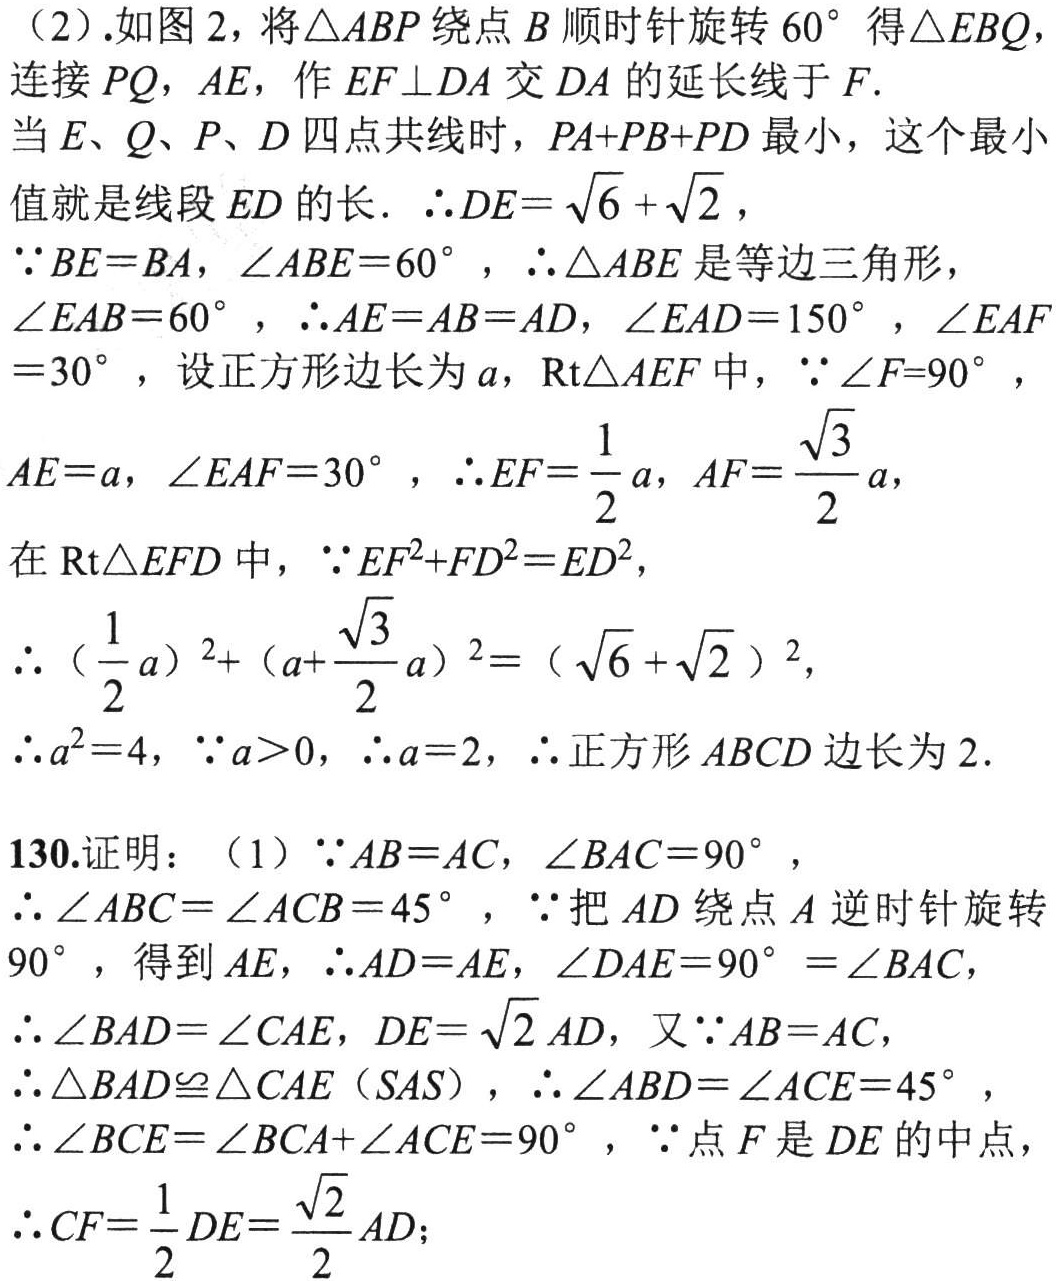
(2).如图2，将\(\triangle ABP\)绕点\(B\)顺时针旋转\(60^{\circ}\)得\(\triangle EBQ\)，
连接\(PQ\)，\(AE\)，作\(EF\perp DA\)交\(DA\)的延长线于\(F\).
当\(E\)、\(Q\)、\(P\)、\(D\)四点共线时，\(PA + PB+PD\)最小，这个最小值就是线段\(ED\)的长. \(\therefore DE=\sqrt{6}+\sqrt{2}\)，
\(\because BE = BA\)，\(\angle ABE = 60^{\circ}\)，\(\therefore\triangle ABE\)是等边三角形，
\(\angle EAB = 60^{\circ}\)，\(\therefore AE = AB = AD\)，\(\angle EAD = 150^{\circ}\)，\(\angle EAF = 30^{\circ}\)，设正方形边长为\(a\)，\(\text{Rt}\triangle AEF\)中，\(\because\angle F = 90^{\circ}\)，
\(AE = a\)，\(\angle EAF = 30^{\circ}\)，\(\therefore EF=\frac{1}{2}a\)，\(AF=\frac{\sqrt{3}}{2}a\)，
在\(\text{Rt}\triangle EFD\)中，\(\because EF^{2}+FD^{2}=ED^{2}\)，
\(\therefore (\frac{1}{2}a)^{2}+(a + \frac{\sqrt{3}}{2}a)^{2}=(\sqrt{6}+\sqrt{2})^{2}\)，
\(\therefore a^{2}=4\)，\(\because a>0\)，\(\therefore a = 2\)，\(\therefore\)正方形\(ABCD\)边长为\(2\).
130.证明：（1）\(\because AB = AC\)，\(\angle BAC = 90^{\circ}\)，
\(\therefore\angle ABC=\angle ACB = 45^{\circ}\)，\(\because\)把\(AD\)绕点\(A\)逆时针旋转\(90^{\circ}\)，得到\(AE\)，\(\therefore AD = AE\)，\(\angle DAE = 90^{\circ}=\angle BAC\)，
\(\therefore\angle BAD=\angle CAE\)，\(DE = \sqrt{2}AD\)，又\(\because AB = AC\)，
\(\therefore\triangle BAD\cong\triangle CAE\)（\(SAS\)），\(\therefore\angle ABD=\angle ACE = 45^{\circ}\)，
\(\therefore\angle BCE=\angle BCA+\angle ACE = 90^{\circ}\)，\(\because\)点\(F\)是\(DE\)的中点，
\(\therefore CF=\frac{1}{2}DE=\frac{\sqrt{2}}{2}AD\)；